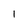
Character: l